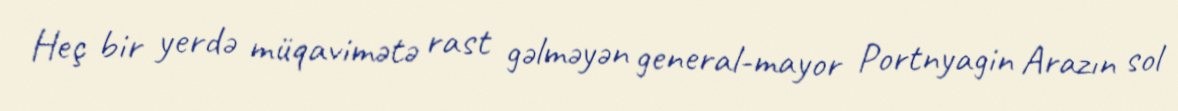
Heç bir yerdə müqavimətə rast gəlməyən general-mayor Portnyagin Arazın sol